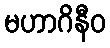
မဟာဂိနီဝ